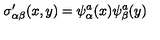
\sigma _ { \alpha \beta } ^ { \prime } ( x , y ) = \psi _ { \alpha } ^ { a } ( x ) \psi _ { \beta } ^ { a } ( y )